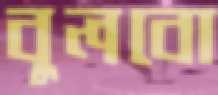
বুলবো